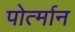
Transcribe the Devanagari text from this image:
पोर्त्मान